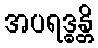
အပရဒ္ဓန္တိ